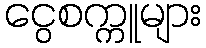
ငွေစက္ကူများ